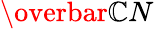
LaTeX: \overbar{\mathbb{C}N}